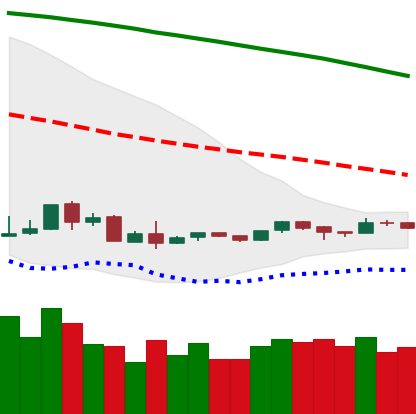
Ticker: ETH-USD
Chart end date: 2018-09-03
Forward return: -31.566%
Label: down_7plus